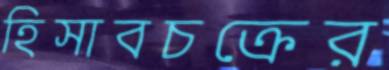
হিসাবচক্রের